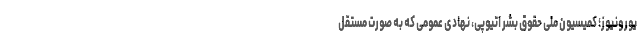
یورونیوز؛ کمیسیون ملی حقوق بشر اتیوپی، نهادی عمومی که به صورت مستقل